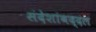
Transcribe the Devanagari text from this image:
संदेशांबद्दल